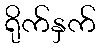
ရိုက်နှက်